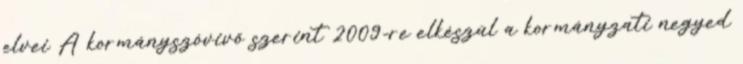
elvei A kormányszóvivő szerint 2009-re elkészül a kormányzati negyed